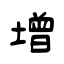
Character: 增